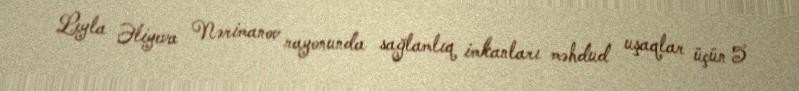
Leyla Əliyeva Nərimanov rayonunda sağlamlıq imkanları məhdud uşaqlar üçün 5